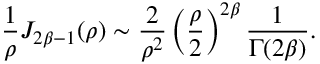
{ \frac { 1 } { \rho } } J _ { 2 \beta - 1 } ( \rho ) \sim { \frac { 2 } { \rho ^ { 2 } } } \left( { \frac { \rho } { 2 } } \right) ^ { 2 \beta } { \frac { 1 } { \Gamma ( 2 \beta ) } } .